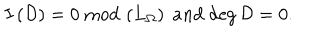
I \left( { \cal D } \right) = 0 \; \mathrm { m o d } \, \left( L _ { \Omega } \right) \; a n d \; \mathrm { d e g } \, { \cal D } = 0 .